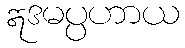
ဣဒမပ္ပဟာယ